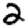
Digit: 2